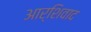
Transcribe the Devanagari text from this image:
आर्शिवाद